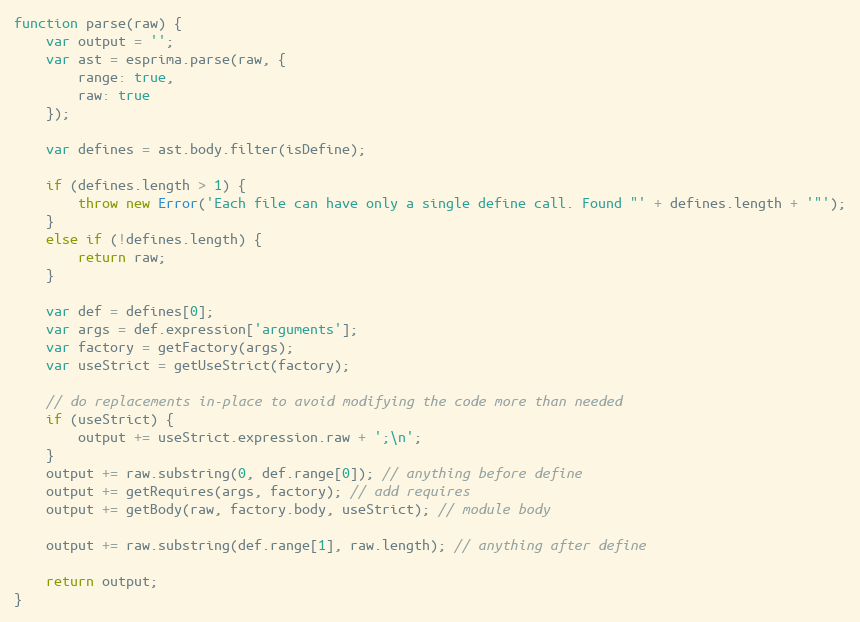
Language: JavaScript
function parse(raw) {
    var output = '';
    var ast = esprima.parse(raw, {
        range: true,
        raw: true
    });

    var defines = ast.body.filter(isDefine);

    if (defines.length > 1) {
        throw new Error('Each file can have only a single define call. Found "' + defines.length + '"');
    }
    else if (!defines.length) {
        return raw;
    }

    var def = defines[0];
    var args = def.expression['arguments'];
    var factory = getFactory(args);
    var useStrict = getUseStrict(factory);

    // do replacements in-place to avoid modifying the code more than needed
    if (useStrict) {
        output += useStrict.expression.raw + ';\n';
    }
    output += raw.substring(0, def.range[0]); // anything before define
    output += getRequires(args, factory); // add requires
    output += getBody(raw, factory.body, useStrict); // module body

    output += raw.substring(def.range[1], raw.length); // anything after define

    return output;
}